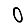
Digit: 0